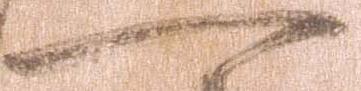
一